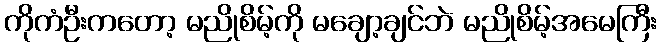
ကိုကံဦးကတော့ မညိုစိမ့်ကို မချော့ချင်ဘဲ မညိုစိမ့်အမေကြီး